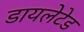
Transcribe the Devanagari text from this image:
डायलेटेड